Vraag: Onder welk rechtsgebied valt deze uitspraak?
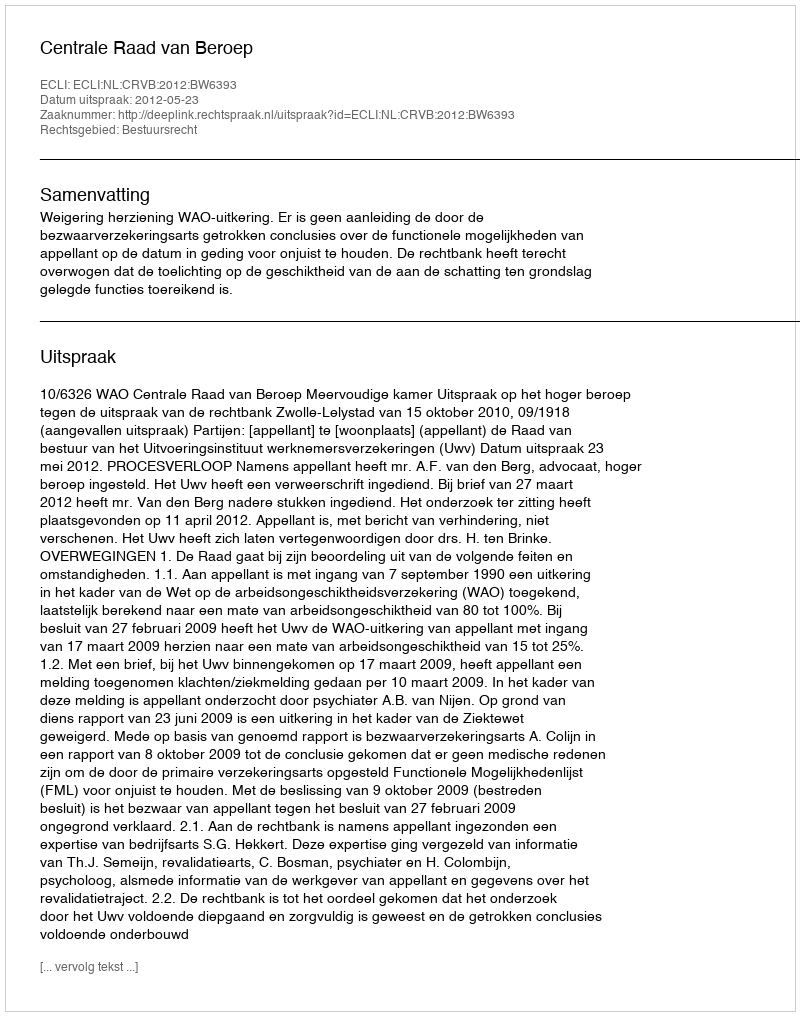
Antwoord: Bestuursrecht